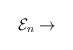
\begin{align*}{\cal E}_n\rightarrow\end{align*}